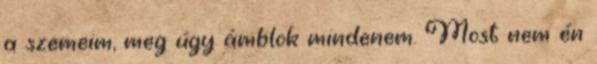
a szemeim, meg úgy ámblok mindenem. Most nem én